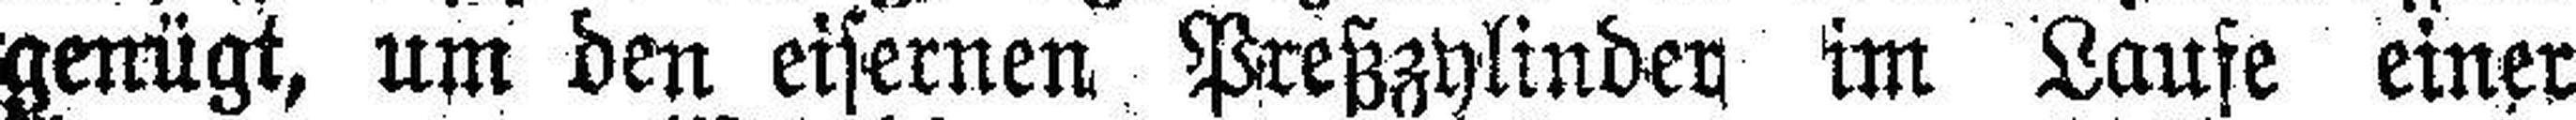
genügt, um den eisernen Preßzylinder, im Laufe einer